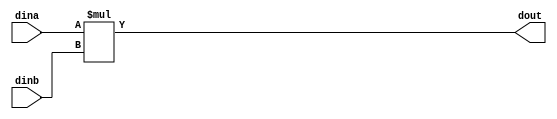
module Multply_Signed_Unsigned(
    input           [7:0]   dina,
    input signed    [7:0]   dinb,
    output signed   [15:0]   dout
    );

//wire    [15:0]  dout_r;

//assign  dout_r = dina * dinb;			//
assign  dout =$signed(dina) * $signed(dinb);	//

endmodule